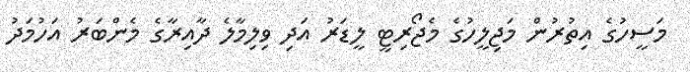
މަސީހުގެ އިތުރުން މަޖިލީހުގެ މެޖޯރިޓީ ލީޑަރު އަދި ވިލިމާލެ ދާއިރާގެ މެންބަރު އަހުމަދު